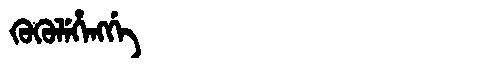
Manchu: ᡴᡠᡴᡠᠯᡝᡥᡝᠩᡤᡝ
Romanization: KUKULEHENGGE